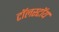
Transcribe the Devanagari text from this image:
टॉलस्‍टॉय